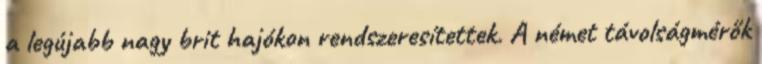
a legújabb nagy brit hajókon rendszeresítettek. A német távolságmérők